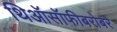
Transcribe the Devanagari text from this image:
थिऑसॉफीबरोबर